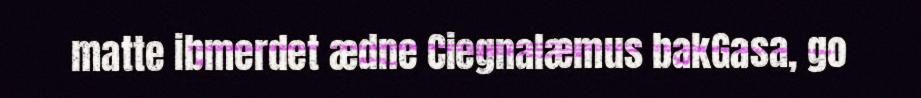
matte ibmerdet ædne Ciegnalæmus bakGasa, go